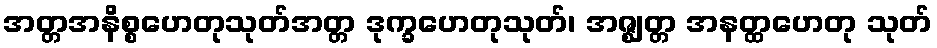
အတ္တအနိစ္စဟေတုသုတ်အတ္တ ဒုက္ခဟေတုသုတ်၊ အဇ္ဈတ္တ အနတ္ထဟေတု သုတ်